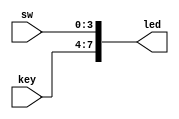
module LED (key,sw,led);
input [3:0] key;
input [3:0] sw;
output [7:0] led;
assign led = {key,sw};
endmodule